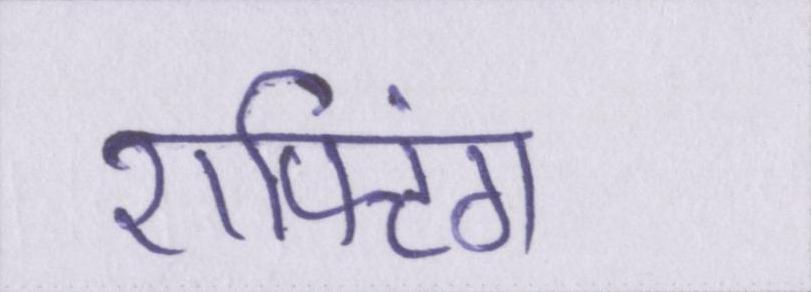
राफ्टिंग